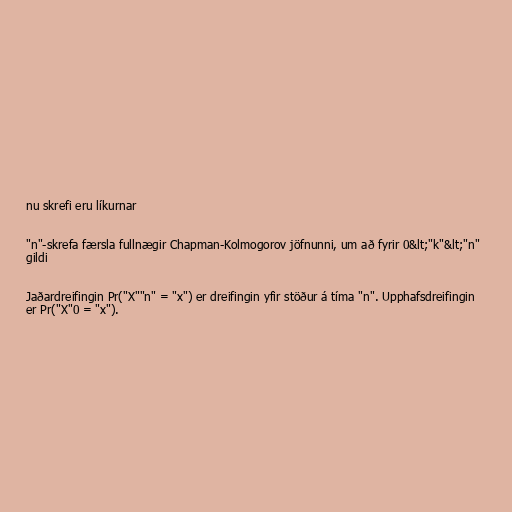
nu skrefi eru líkurnar

"n"-skrefa færsla fullnægir Chapman-Kolmogorov jöfnunni, um að fyrir 0&lt;"k"&lt;"n"
gildi

Jaðardreifingin Pr("X""n" = "x") er dreifingin yfir stöður á tíma "n". Upphafsdreifingin
er Pr("X"0 = "x").